Lunatic asylums in Bengal annual reports 1888-1898 - 1888-1898
Year: 1888
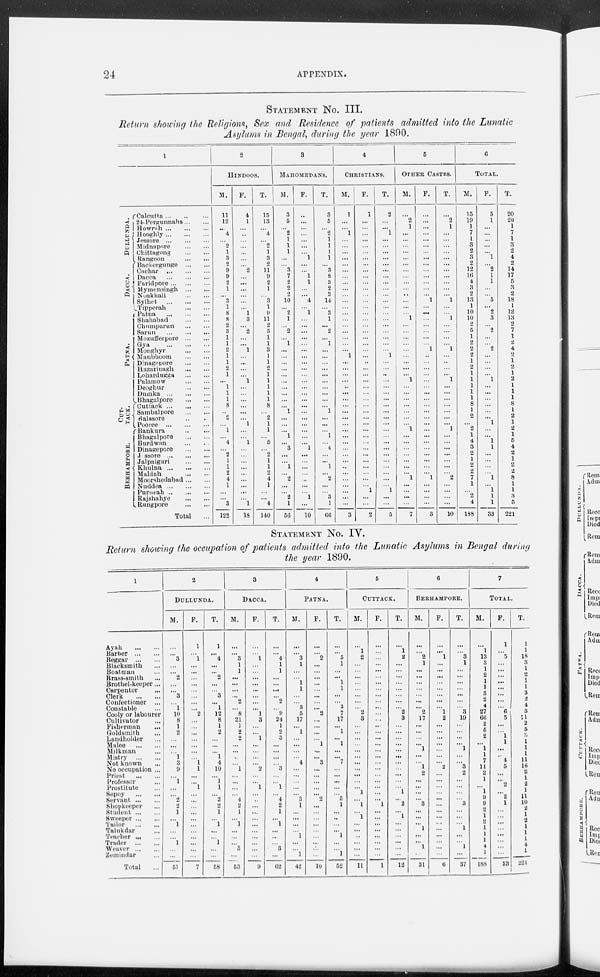
24
APPENDIX.
STATEMENT No. III.
Return showing the Religions, Sex and Residence of patients admitted into the Lunatic
Asylums in Bengal, during the year 1890.
1
DULLUNDA.
DACCA.
PATNA.
CUT-
TACK.
BERHAMPORE.
Calcutta
...
...
...
24-Pergunnahs ... ...
Howrah
...
...
...
Hooghly
...
...
...
Jessore
...
...
...
Midnapore
...
...
Chittagong
...
...
Rangoon
...
...
Backergunge
...
...
Cachar
...
...
...
Dacca
...
...
...
Faridpore
...
...
...
Mymensingh
...
...
Noakhali
...
...
Sylhet
...
...
...
Tipperah
...
...
Patna
...
...
...
Shahabad
...
...
Chumparun
...
...
Sarun
...
...
...
Mozufferpore
...
...
Gya
...
...
...
Monghyr
...
...
Manbhoom
...
...
Dinagepore
...
...
Hazaribagh
...
...
Lohardugga
...
...
Palamow
...
...
Deoghur
...
...
Dumka
...
...
...
Bhagalpore
...
...
Cuttack
...
...
...
Sambalpore
...
...
Balasore ... ...
Pooree
...
...
...
Bankura ... ...
Bhagalpore
...
...
Burdwan ... ...
Dinagepore
...
...
Jessore
...
...
...
Jalpaiguri
...
...
Khulna
...
...
...
Maldah
...
...
Moorshedabad
...
...
Nuddea
...
...
...
Purneah
...
...
...
Rajshahye
...
...
Rungpore
...
...
Total ...
2
HINDOOS.
M.
11
12
...
4
...
2
1
3
2
9
9
2
1
...
3
1
8
8
2
3
1
1
2
1
1
2
1
...
1
1
1
8
...
2
...
1
...
4
...
2
1
1
2
4
1
...
...
3
122
F.
4
1
...
...
...
...
...
...
...
2
...
...
...
...
...
...
1
3
...
2
...
...
1
...
...
...
...
1
...
...
...
...
...
...
1
...
...
1
...
...
...
...
...
...
...
...
...
1
18
T.
15
13
...
4
...
2
1
3
2
11
9
2
1
...
3
1
9
11
2
5
1
1
3
1
1
2
1
1
1
1
1
8
...
2
1
1
...
5
...
2
1
1
2
4
1
...
...
4
140
3
MAHOMEDANS.
M.
3
5
...
2
1
1
1
...
...
3
7
2
2
2
10
...
2
1
...
2
...
1
...
...
...
...
...
...
...
...
...
...
1
...
...
...
1
...
3
...
...
1
...
2
...
...
2
1
56
F.
...
...
...
...
...
...
...
1
...
...
1
1
...
...
4
...
1
...
...
...
...
...
...
...
...
...
...
...
...
...
...
...
...
...
...
...
...
...
1
...
...
...
...
...
...
...
1
...
10
T.
3
5
...
2
1
1
1
1
...
3
8
3
2
2
14
...
3
1
...
2
...
1
...
...
...
...
...
...
...
...
...
...
1
...
...
...
1
...
4
...
...
1
...
2
...
...
3
1
66
4
CHRISTIANS.
M.
1
...
...
1
...
...
...
...
...
...
...
...
...
...
...
...
...
...
...
...
...
...
...
1
...
...
...
...
...
...
...
...
...
...
...
...
...
...
...
...
...
...
...
...
...
...
...
...
3
F.
1
...
...
...
...
...
...
...
...
...
...
...
...
...
...
...
...
...
...
...
...
...
...
...
...
...
...
...
...
...
...
...
...
...
...
...
...
...
...
...
...
...
...
...
...
1
...
...
2
T.
2
...
...
1
...
...
...
...
...
...
...
...
...
...
...
...
...
...
...
...
...
...
1
...
...
...
...
...
...
...
...
...
...
...
...
...
...
...
...
...
...
...
...
...
1
...
...
5
5
OTHER CASTES.
M.
...
2
1
...
...
...
...
...
...
...
...
...
...
...
...
...
...
1
...
...
...
...
...
...
...
...
...
1
...
...
...
...
...
...
...
1
...
...
...
...
...
...
...
1
...
...
...
...
7
F.
...
...
...
...
...
...
...
...
...
...
...
...
...
...
1
...
...
...
...
...
...
...
1
...
...
...
...
...
...
...
...
...
...
...
...
...
...
...
...
...
...
...
...
1
...
...
...
...
3
T.
...
2
1
...
...
...
...
...
...
...
...
...
...
...
1
...
...
1
...
...
...
...
1
...
...
...
...
1
...
...
...
...
...
...
...
1
...
...
...
...
...
...
...
2
...
...
...
...
10
6
TOTAL.
M.
15
19
1
7
1
3
2
3
2
12
16
4
3
2
13
1
10
10
2
5
1
2
2
2
1
2
1
1
1
1
1
8
1
2
...
2
1
4
3
2
1
2
2
7
1
...
2
4
188
F.
5
1
...
...
...
...
...
1
...
2
1
1
...
...
5
...
2
3
...
2
...
...
2
...
...
...
...
1
...
...
...
...
...
...
1
...
...
1
1
...
...
...
...
1
...
1
1
1
33
T.
20
20
1
7
1
3
2
4
2
14
17
5
3
2
18
1
12
13
2
7
1
2
4
2
1
2
1
2
1
1
1
8
1
2
1
2
1
5
4
2
1
2
2
8
1
1
3
5
221
STATEMENT No. IV.
Return showing the occupation of patients admitted into the Lunatic Asylums in Bengal during
the year 1890.
1
Ayah
...
...
Barber
...
...
Beggar
...
...
Blacksmith ...
Boatman ...
Brass-smith ...
Brothel-keeper ...
Carpenter ...
Clerk
...
...
Confectioner
...
Constable ...
Cooly or labourer
Cultivator ...
Fisherman
...
Goldsmith ...
Landholder ...
Malee
...
...
Milkman ...
Mistry
...
...
Not known ...
No occupation ...
Priest
...
...
Professor ...
Prostitute ...
Sepoy
...
...
Servant
...
...
Shopkeeper ...
Student
...
...
Sweeper
...
...
Tailor
...
...
Talukdar ...
Teacher ... ...
Trader
...
...
Weaver
...
...
Zemindar ...
Total ...
2
DULLUNDA.
M.
...
...
3
...
...
2
...
...
3
...
1
10
8
1
2
...
...
...
1
3
9
...
1
...
...
2
2
1
...
1
...
...
1
...
...
51
F.
1
...
1
...
...
...
...
...
...
...
...
2
...
...
...
...
...
...
...
1
1
...
...
1
...
...
...
...
...
...
...
...
...
...
...
7
T.
1
...
4
...
...
2
...
...
3
...
1
12
8
1
2
...
...
...
1
4
10
...
1
1
...
2
2
1
...
1
...
...
1
...
...
58
3
DACCA.
M.
...
...
3
1
1
...
...
...
...
2
...
8
21
1
2
2
...
...
...
...
1
...
...
...
...
4
...
1
...
1
...
...
...
3
...
53
F.
...
...
1
...
...
...
...
...
...
...
...
1
3
...
...
1
...
...
...
...
2
...
...
1
...
...
...
...
...
...
...
...
...
...
...
9
T.
...
...
4
1
1
...
...
...
...
2
...
9
24
1
2
3
...
...
...
...
3
...
...
1
...
4
2
1
...
1
...
...
...
3
...
62
4
PATNA.
M.
...
...
3
1
...
...
1
1
...
...
3
5
17
...
1
...
...
...
...
4
...
...
...
...
...
3
1
...
...
...
...
1
...
...
1
42
F.
...
...
2
...
...
...
...
...
...
...
...
2
...
...
...
...
1
...
...
3
...
...
...
...
...
2
...
...
...
...
...
...
...
...
...
10
T.
...
...
5
1
...
...
1
1
...
...
3
7
17
...
1
...
1
...
...
7
...
...
...
...
...
5
1
...
...
...
...
1
...
...
1
52
5
CUTTACK.
M.
...
1
2
...
...
...
...
...
...
...
...
2
3
...
...
...
...
...
...
...
...
...
...
...
1
...
1
...
1
...
...
...
...
...
...
11
F.
...
...
...
...
...
...
...
...
...
...
...
...
...
...
...
...
...
...
...
...
...
...
...
...
...
...
1
...
...
...
...
...
...
...
...
1
T.
...
1
2
...
...
...
...
...
...
...
...
2
3
...
...
...
...
...
...
...
...
...
...
...
1
...
2
...
1
...
...
...
...
...
...
12
6
BERHAMPORE.
M.
...
...
2
1
...
...
...
...
...
...
...
2
17
...
...
...
...
1
...
...
1
2
...
...
...
...
3
...
...
...
1
...
...
1
...
31
F.
...
...
1
...
...
...
...
...
...
...
...
1
2
...
...
...
...
...
...
...
2
...
...
...
...
...
...
...
...
...
...
...
...
...
...
6
T.
...
...
3
1
...
...
...
...
...
...
...
3
19
...
...
...
...
1
...
...
3
2
...
...
...
...
3
...
...
...
1
...
...
1
...
37
7
TOTAL.
M.
...
1
13
3
1
2
1
1
3
2
4
27
66
2
5
2
...
1
1
7
11
2
1
...
1
9
9
2
1
2
1
1
1
4
1
188
F.
1
...
5
...
...
...
...
...
...
...
...
6
5
...
...
1
1
...
...
4
5
...
...
2
...
2
1
...
...
...
...
...
...
...
...
33
T.
1
1
18
3
1
2
1
1
3
2
4
3
71
2
5
3
1
1
1
11
16
2
1
2
1
11
10
2
1
2
1
1
1
4
1
221